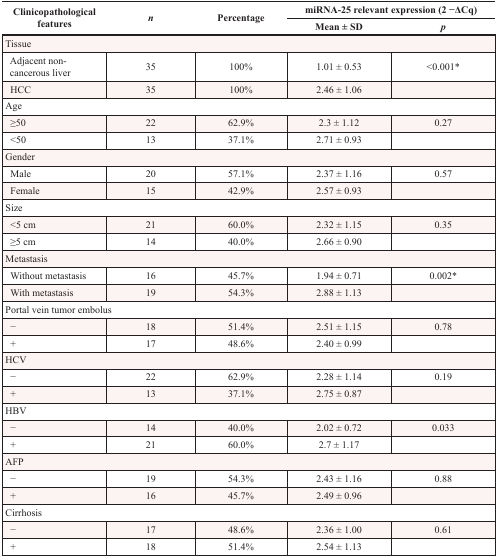
<table><thead><tr><td rowspan="2"><b>Clinicopathological features</b></td><td rowspan="2"><b><i>n</i></b></td><td rowspan="2"><b>Percentage</b></td><td colspan="2"><b>miRNA-25 relevant expression (2 −ΔCq)</b></td></tr><tr><td><b>Mean ± SD</b></td><td><b><i>p</i></b></td></tr></thead><tbody><tr><td colspan="5">Tissue</td></tr><tr><td> Adjacent non-cancerous liver</td><td>35</td><td>100%</td><td>1.01 ± 0.53</td><td>&lt;0.001*</td></tr><tr><td> HCC</td><td>35</td><td>100%</td><td>2.46 ± 1.06</td><td></td></tr><tr><td colspan="5">Age</td></tr><tr><td> ≥50</td><td>22</td><td>62.9%</td><td>2.3 ± 1.12</td><td>0.27</td></tr><tr><td> &lt;50</td><td>13</td><td>37.1%</td><td>2.71 ± 0.93</td><td></td></tr><tr><td colspan="5">Gender</td></tr><tr><td> Male</td><td>20</td><td>57.1%</td><td>2.37 ± 1.16</td><td>0.57</td></tr><tr><td> Female</td><td>15</td><td>42.9%</td><td>2.57 ± 0.93</td><td></td></tr><tr><td colspan="5">Size</td></tr><tr><td> &lt;5 cm</td><td>21</td><td>60.0%</td><td>2.32 ± 1.15</td><td>0.35</td></tr><tr><td> ≥5 cm</td><td>14</td><td>40.0%</td><td>2.66 ± 0.90</td><td></td></tr><tr><td colspan="5">Metastasis</td></tr><tr><td> Without metastasis</td><td>16</td><td>45.7%</td><td>1.94 ± 0.71</td><td>0.002*</td></tr><tr><td> With metastasis</td><td>19</td><td>54.3%</td><td>2.88 ± 1.13</td><td></td></tr><tr><td colspan="5">Portal vein tumor embolus</td></tr><tr><td> −</td><td>18</td><td>51.4%</td><td>2.51 ± 1.15</td><td>0.78</td></tr><tr><td> +</td><td>17</td><td>48.6%</td><td>2.40 ± 0.99</td><td></td></tr><tr><td colspan="5">HCV</td></tr><tr><td> −</td><td>22</td><td>62.9%</td><td>2.28 ± 1.14</td><td>0.19</td></tr><tr><td> +</td><td>13</td><td>37.1%</td><td>2.75 ± 0.87</td><td></td></tr><tr><td colspan="5">HBV</td></tr><tr><td> −</td><td>14</td><td>40.0%</td><td>2.02 ± 0.72</td><td>0.033</td></tr><tr><td> +</td><td>21</td><td>60.0%</td><td>2.7 ± 1.17</td><td></td></tr><tr><td colspan="5">AFP</td></tr><tr><td> −</td><td>19</td><td>54.3%</td><td>2.43 ± 1.16</td><td>0.88</td></tr><tr><td> +</td><td>16</td><td>45.7%</td><td>2.49 ± 0.96</td><td></td></tr><tr><td colspan="5">Cirrhosis</td></tr><tr><td> −</td><td>17</td><td>48.6%</td><td>2.36 ± 1.00</td><td>0.61</td></tr><tr><td> +</td><td>18</td><td>51.4%</td><td>2.54 ± 1.13</td><td></td></tr></tbody></table>